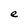
Character: e